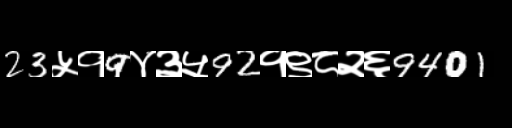
Text: 23५१9४३५92१९८२६9401